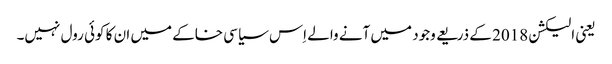
یعنی الیکشن 2018 کے ذریعے وجود میں آنے والے اِس سیاسی خاکے میں ان کا کوئی رول نہیں۔